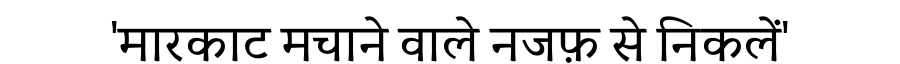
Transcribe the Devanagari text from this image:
'मारकाट मचाने वाले नजफ़ से निकलें'